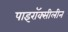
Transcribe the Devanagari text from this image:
पाइरॉक्सीलीन